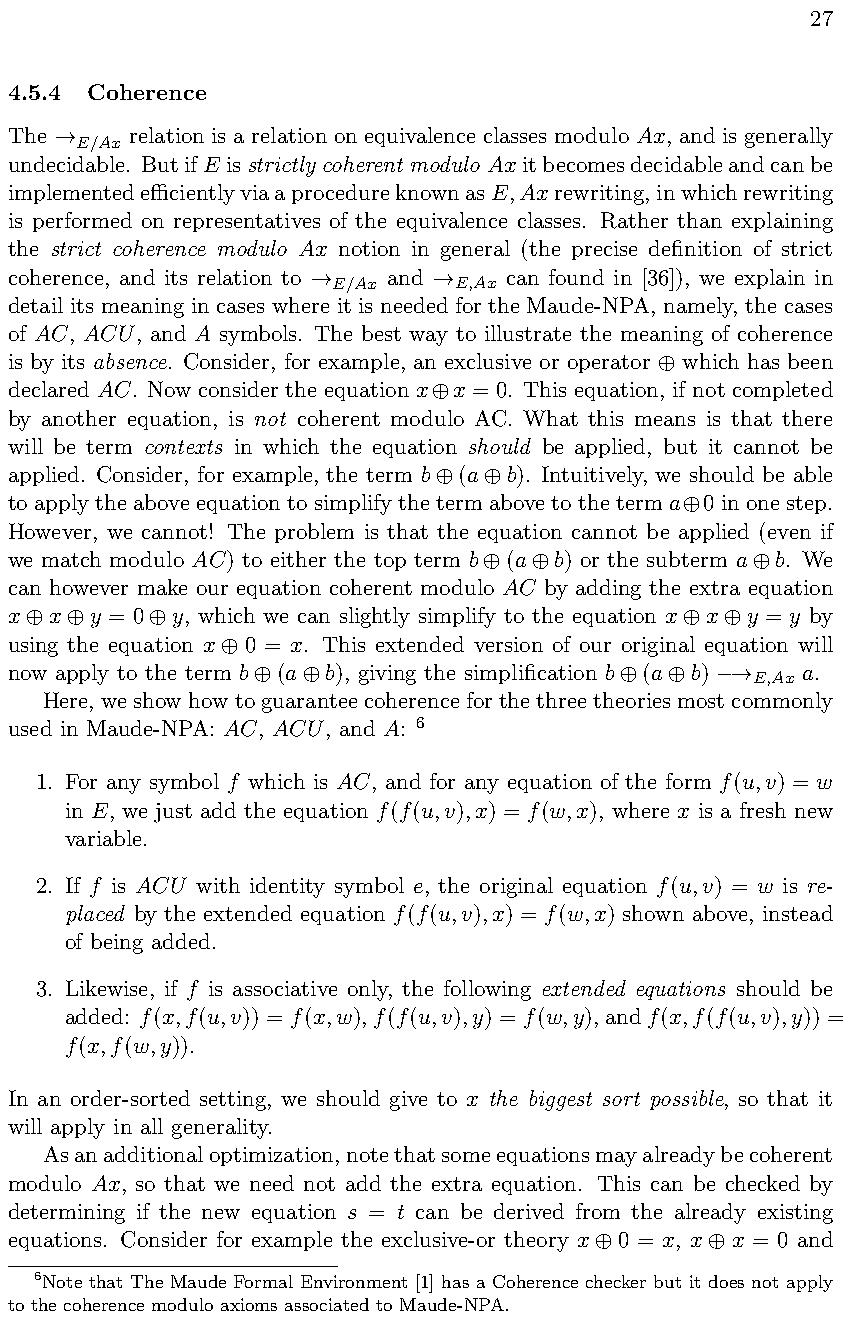
27
 4.5.4 Coherence
 The     relation is a relation on equivalence classes modulo Ax, and is generally
 E/Ax
 !
 undecidable. ButifE isstrictlycoherentmodulo Axitbecomesdecidableandcanbe
 implementedecientlyviaaprocedureknownasE,Axrewriting,inwhichrewriting
 is performed on representatives of the equivalence classes. Rather than explaining
 the strict coherence modulo Ax notion in general (the precise definition of strict
 coherence, and its relation to and can found in [36]), we explain in
 E/Ax    E,Ax
 !       !
 detail its meaning in cases where it is needed for the Maude-NPA, namely, the cases
 of AC, ACU, and A symbols. The best way to illustrate the meaning of coherence
 is by its absence. Consider, for example, an exclusive or operator which has been

 declared AC. Now consider the equation x x = 0. This equation, if not completed

 by another equation, is not coherent modulo AC. What this means is that there
 will be term contexts in which the equation should be applied, but it cannot be
 applied. Consider, for example, the term b (a b). Intuitively, we should be able

 toapplytheaboveequationtosimplifythetermabovetotheterma 0inonestep.

 However, we cannot! The problem is that the equation cannot be applied (even if
 we match modulo AC) to either the top term b (a b) or the subterm a b. We

 can however make our equation coherent modulo AC by adding the extra equation
 x  x  y = 0 y, which we can slightly simplify to the equation x x y = y by

 using the equation x 0 = x. This extended version of our original equation will

 now apply to the term b (a b), giving the simplification b (a b) a.
 E,Ax
                           !
 Here, weshowhowtoguaranteecoherenceforthethreetheoriesmostcommonly
 used in Maude-NPA: AC, ACU, and A: 6
 1. For any symbol f which is AC, and for any equation of the form f(u,v) = w
 in E, we just add the equation f(f(u,v),x) = f(w,x), where x is a fresh new
 variable.
 2. If f is ACU with identity symbol e, the original equation f(u,v) = w is re-
 placed by the extended equation f(f(u,v),x) = f(w,x) shown above, instead
 of being added.
 3. Likewise, if f is associative only, the following extended equations should be
 added: f(x,f(u,v)) = f(x,w),f(f(u,v),y) = f(w,y),andf(x,f(f(u,v),y)) =
 f(x,f(w,y)).
 In an order-sorted setting, we should give to x the biggest sort possible, so that it
 will apply in all generality.
 Asanadditionaloptimization,notethatsomeequationsmayalreadybecoherent
 modulo Ax, so that we need not add the extra equation. This can be checked by
 determining if the new equation s = t can be derived from the already existing
 equations. Consider for example the exclusive-or theory x 0 = x, x x = 0 and

 6Note that The Maude Formal Environment [1] has a Coherence checker but it does not apply
 to the coherence modulo axioms associated to Maude-NPA.